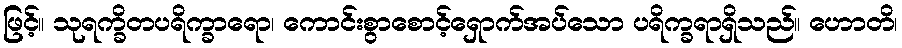
ဖြင့်။ သုရက္ခိတပရိက္ခာရော၊ ကောင်းစွာစောင့်ရှောက်အပ်သော ပရိက္ခရာရှိသည်။ ဟောတိ၊